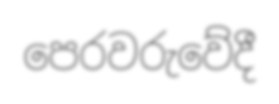
පෙරවරුවේදී